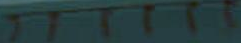
TTTTTT